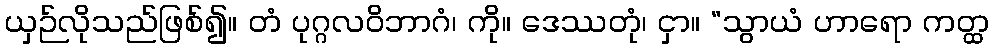
ယှဉ်လိုသည်ဖြစ်၍။ တံ ပုဂ္ဂလဝိဘာဂံ၊ ကို။ ဒေဿတုံ၊ ငှာ။ “သွာယံ ဟာရော ကတ္ထ